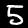
Digit: 5